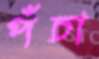
পঁচা